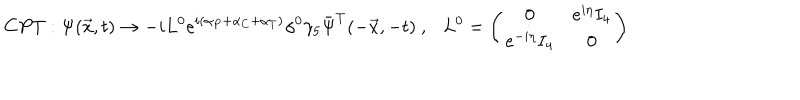
C P T : \Psi ( \vec { x } , t ) \rightarrow - i L ^ { 0 } e ^ { i ( \alpha _ { P } + \alpha _ { C } + \alpha _ { T } ) } \gamma ^ { 0 } \gamma _ { 5 } \bar { \Psi } ^ { T } ( - \vec { x } , - t ) ~ , L ^ { 0 } = \left( \begin{array} { c c } { { 0 } } & { { e ^ { i \eta } I _ { 4 } } } \\ { { e ^ { - i \eta } I _ { 4 } } } & { { 0 } } \\ \end{array} \right)